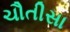
ચૌતીસા